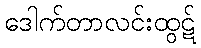
ဒေါက်တာလင်းထွဋ်